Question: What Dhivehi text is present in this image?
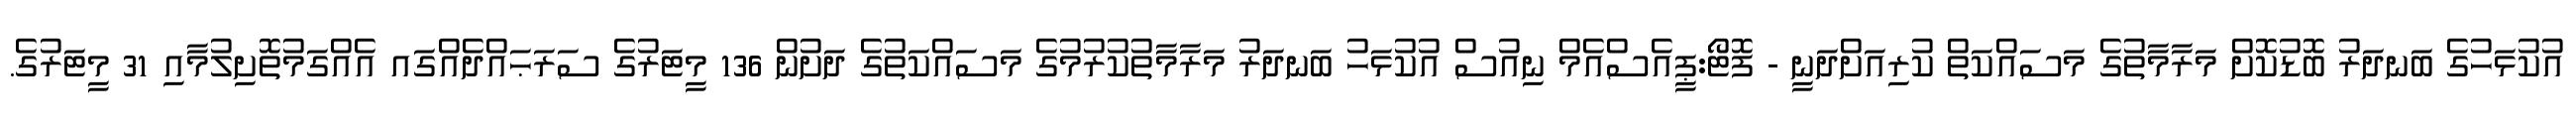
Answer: އުކުޅަހުގެ ބަނދަރު ބޮޑުކޮށް މަރާމާތުގެ މަސައްކަތް ކުރިއަށްދަނީ - ފޮޓޯ:ޕީއެސްއެމް ނިއުސް އުކުޅަހު ބަނދަރު މަރާމާތުކުރުމުގެ މަސައްކަތުގެ ދަށުން 136 މީޓަރުގެ ސަރަޙައްދެއްގައ އެއްގަމުތޮށިލުމާއި 31 މީޓަރުގެ.